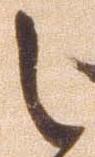
之